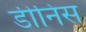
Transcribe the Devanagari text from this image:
डीनिस